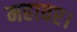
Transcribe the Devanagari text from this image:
महावर।